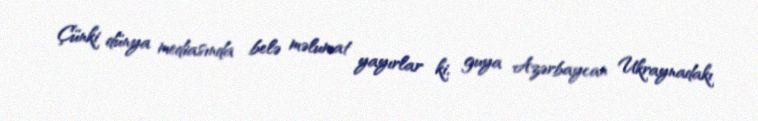
Çünki dünya mediasında belə məlumat yayırlar ki, guya Azərbaycan Ukraynadakı